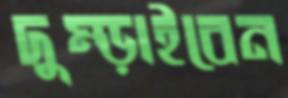
দুম্‌ড়াইবেন